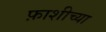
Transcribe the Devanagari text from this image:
फ़ाशीच्या